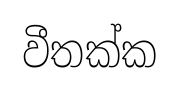
වීතක්ක